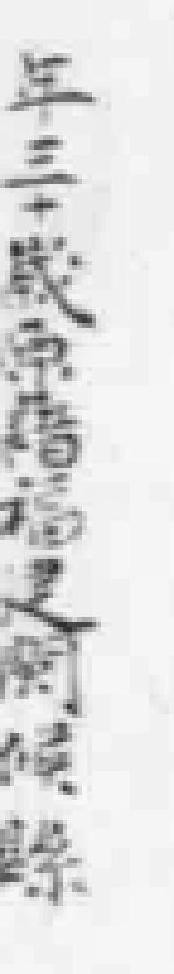
年三十三歲原籍福建関候縣